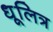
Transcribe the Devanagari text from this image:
धूलित्र